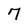
Character: 7